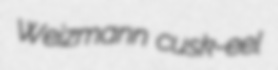
Weizmann cusk-eel